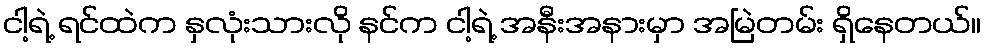
ငါ့ရဲ့ ရင်ထဲက နှလုံးသားလို နင်က ငါ့ရဲ့ အနီးအနားမှာ အမြဲတမ်း ရှိနေတယ်။